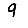
Digit: 9